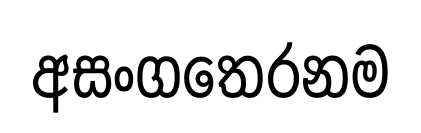
අසංගතෙරනම